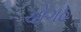
ચોગઠ